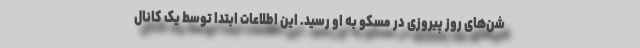
شن‌های روز پیروزی در مسکو به او رسید. این اطلاعات ابتدا توسط یک کانال